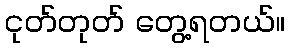
ငုတ်တုတ် တွေ့ရတယ်။